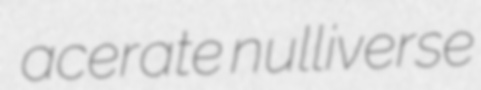
acerate nulliverse